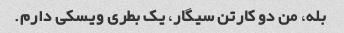
بله، من دو کارتن سیگار، یک بطری ویسکی دارم.